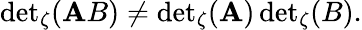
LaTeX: {\operatorname*{det}}_{\zeta}(\mathbf{A}B)\neq{\operatorname*{det}}_{\zeta}(\mathbf{A})\, {\operatorname*{det}}_{\zeta}(B).